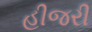
હીજરી